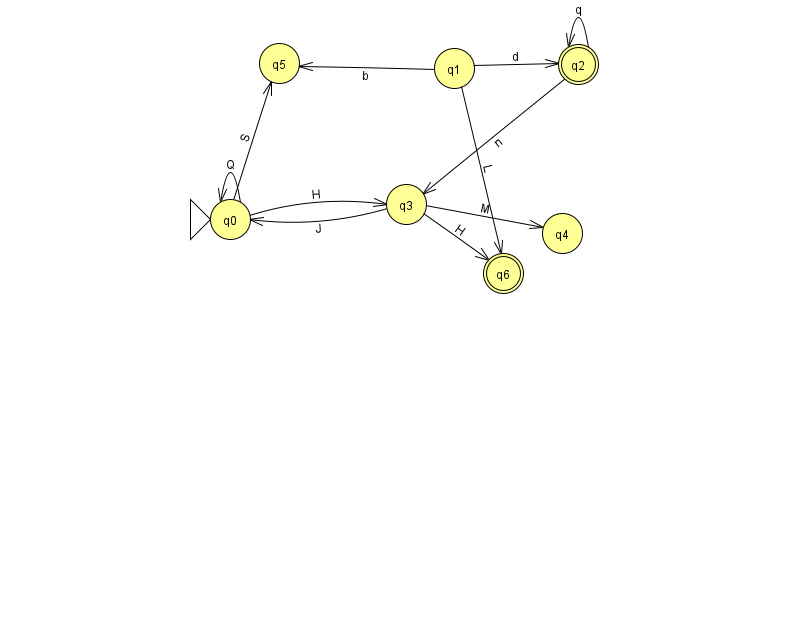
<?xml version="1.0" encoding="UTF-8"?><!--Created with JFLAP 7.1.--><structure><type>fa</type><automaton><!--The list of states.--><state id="0" name="q0"><x>230.0</x><y>206.0</y><initial/></state><state id="1" name="q1"><x>454.0</x><y>55.0</y></state><state id="2" name="q2"><x>578.0</x><y>51.0</y><final/></state><state id="3" name="q3"><x>406.0</x><y>191.0</y></state><state id="4" name="q4"><x>562.0</x><y>220.0</y></state><state id="5" name="q5"><x>279.0</x><y>50.0</y></state><state id="6" name="q6"><x>503.0</x><y>260.0</y><final/></state><!--The list of transitions.--><transition><from>0</from><to>5</to><read>S</read></transition><transition><from>0</from><to>0</to><read>Q</read></transition><transition><from>2</from><to>2</to><read>q</read></transition><transition><from>3</from><to>6</to><read>H</read></transition><transition><from>3</from><to>4</to><read>M</read></transition><transition><from>2</from><to>3</to><read>n</read></transition><transition><from>1</from><to>5</to><read>b</read></transition><transition><from>1</from><to>6</to><read>L</read></transition><transition><from>1</from><to>2</to><read>d</read></transition><transition><from>3</from><to>0</to><read>J</read></transition><transition><from>0</from><to>3</to><read>H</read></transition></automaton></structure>